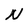
Character: N